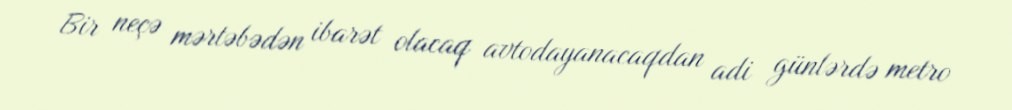
Bir neçə mərtəbədən ibarət olacaq avtodayanacaqdan adi günlərdə metro